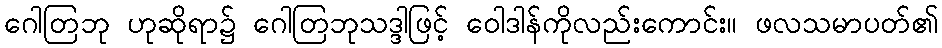
ဂေါတြဘု ဟုဆိုရာ၌ ဂေါတြဘုသဒ္ဒါဖြင့် ဝေါဒါန်ကိုလည်းကောင်း။ ဖလသမာပတ်၏